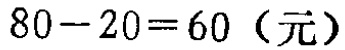
\(80 - 20 = 60\)（元）